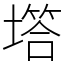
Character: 㙮